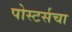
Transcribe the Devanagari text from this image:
पोस्टर्सचा